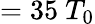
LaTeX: =35~T_{0}